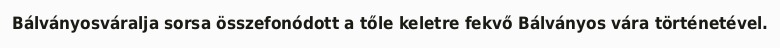
Bálványosváralja sorsa összefonódott a tőle keletre fekvő Bálványos vára történetével.